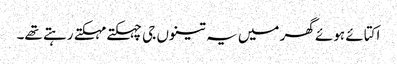
اکتائے ہوئے گھر میں یہ تینوں جی چہکتے مہکتے رہتے تھے۔